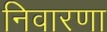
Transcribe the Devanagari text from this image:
निवारणा